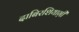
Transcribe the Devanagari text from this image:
दाबिरशियाग़ी